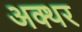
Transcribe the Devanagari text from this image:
अक्थर